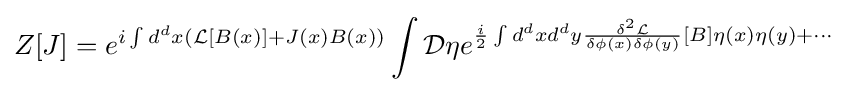
Z[J]=e^{i\int d^{d}x({\mathcal {L}}[B(x)]+J(x)B(x))}\int {\mathcal {D}}\eta e^{{\frac {i}{2}}\int d^{d}xd^{d}y{\frac {\delta ^{2}{\mathcal {L}}}{\delta \phi (x)\delta \phi (y)}}[B]\eta (x)\eta (y)+\cdots }